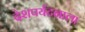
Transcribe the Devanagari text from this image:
देशपर्यटनाला